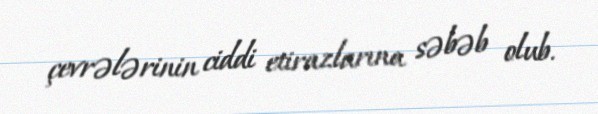
çevrələrinin ciddi etirazlarına səbəb olub.